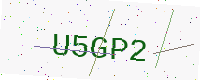
Text: U5GP2